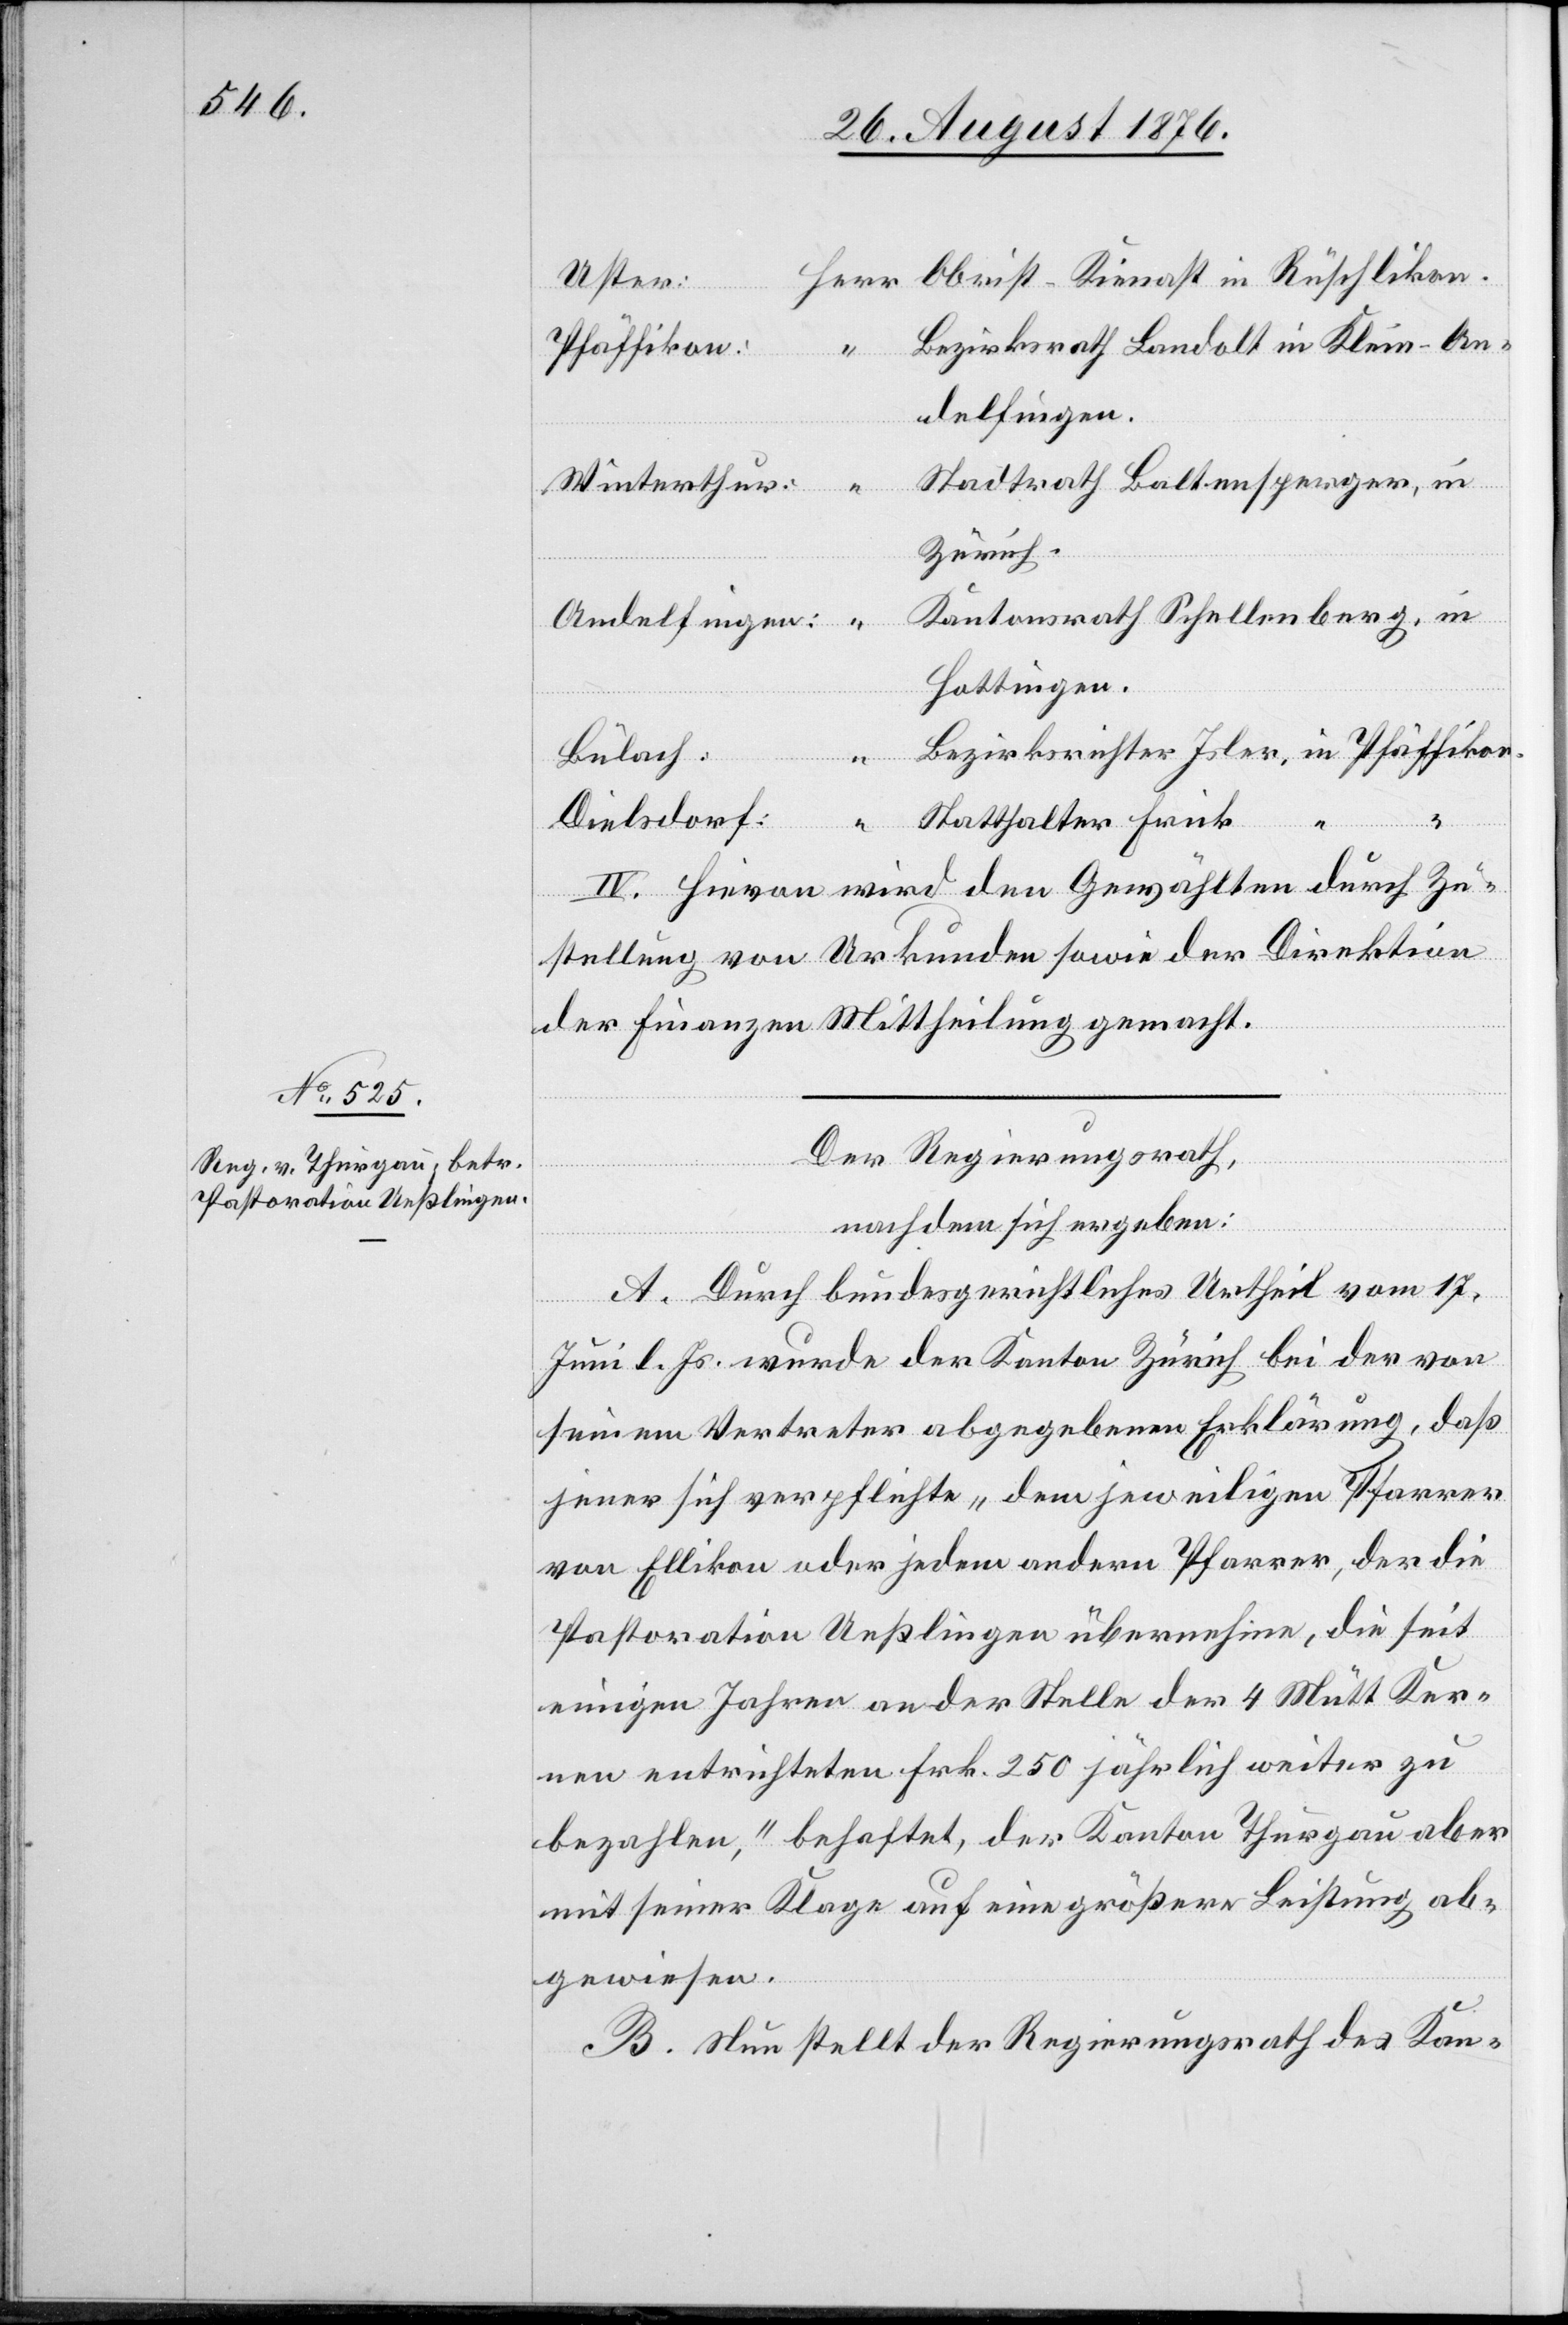
Obrist-Kienast in Rüschlikon.
Uster:
Herr
Bezirksrath Landolt in Klein-An¬
Pfäffikon:
delfingen.
Stadtrath Baltensperger, in
Winterthur:
“
Zürich.
Kantonsrath Schellenberg, in
Andelfingen:
Hottingen.
Bezirksrath Isler, in Pfäffikon.
Bülach:
Dielsdorf:
Statthalter Frick
“ “
IV. Hievon wird den Gewählten durch Zu¬
stellung von Urkunden sowie der Direktion
der Finanzen Mittheilung gemacht.
Der Regierungsrath,
nachdem sich ergeben:
A. Durch bundesgerichtliches Urtheil vom 17.
Juni l. Js. wurde der Kanton Zürich bei der von
seinem Vertreter abgegebenen Erklärung, daß
jener sich verpflichte „dem jeweiligen Pfarrer
von Ellikon oder jedem andern Pfarrer, der die
Pastoration Ueßlingen übernehmen, die seit
einigen Jahren an der Stelle der 4 Mütt Ker¬
nen entrichteten Frk. 250 jährlich weiter zu
bezahlen,“ behaftet, der Kanton Thurgau aber
mit seiner Klage auf eine größere Leistung ab¬
gewiesen.
B. Nun stellt der Regierungsrath des Kan-